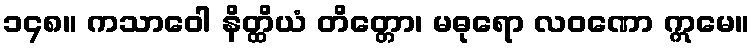
၁၄၈။ ကသာဝေါ နိတ္ထိယံ တိတ္တော၊ မဓုရော လဝဏော ဣမေ။